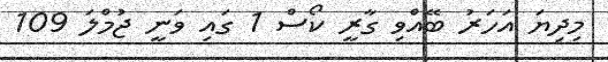
މިދިޔަ އަހަރު ބޭއްވި ގާރީ ކޯސް 1 ގައި ވަނީ ޖުމްލަ 109